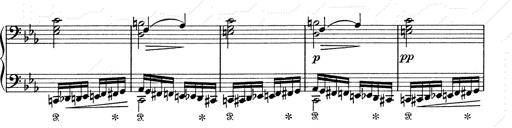
Title: 6 Polish Songs
Composer: Franz Liszt